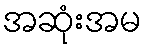
အဆုံးအမ